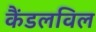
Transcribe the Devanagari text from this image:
कैंडलविल